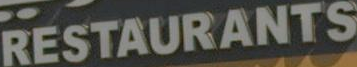
RESTAURANTS